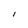
Character: I